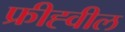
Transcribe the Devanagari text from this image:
फ्रीह्वील